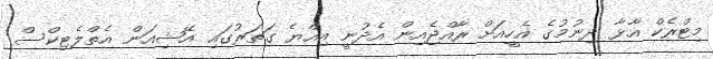
މިޓްރެކް އާޅާ ދިނުމުގެ އެހީއަށް ރާއްޖެއިން އެދުނީ އިއްޔެ ގަތަރުގައި އޭޝިއަން އެތްލެޓިކްސް